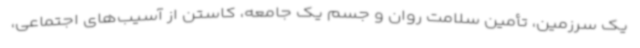
یک سرزمین، تأمین سلامت روان و جسم یک جامعه، کاستن از آسیب‌های اجتماعی،